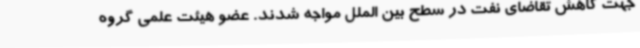
جهت کاهش تقاضای نفت در سطح بین الملل مواجه شدند. عضو هیئت علمی گروه